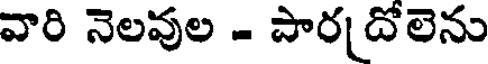
వారి నెలవుల - పార దోలెను